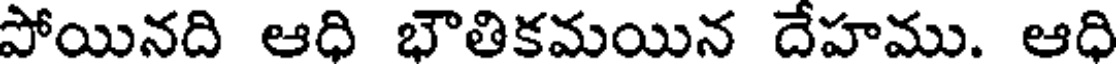
పోయినది ఆధి భౌతికమయిన దేహము. ఆధి